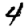
Digit: 4